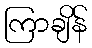
ကြာချိန်